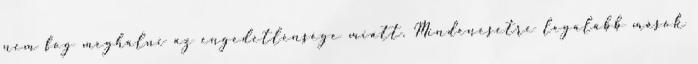
nem fog meghalni az engedetlensége miatt. Mindenesetre legalább mások